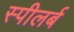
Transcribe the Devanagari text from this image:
स्पीलर्ब